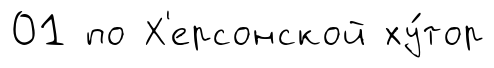
01 по Х'ерсонской ху́тор